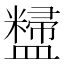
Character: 𪾚